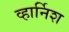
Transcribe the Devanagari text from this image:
व्हार्निश